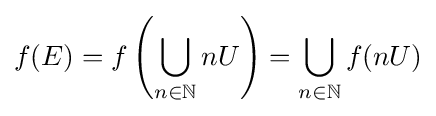
f(E)=f\left(\bigcup _{n\in \mathbb {N} }nU\right)=\bigcup _{n\in \mathbb {N} }f(nU)